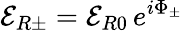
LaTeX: \mathcal{E}_{R\pm}=\mathcal{E}_{R0}\, e^{i\Phi_{\pm}}